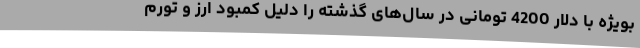
بویژه با دلار 4200 تومانی در سال‌های گذشته را دلیل کمبود ارز و تورم